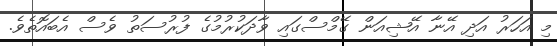
މި އަހަރު އަދި އޭނާ އޭޝިއަން ގޭމްސްގައި ވާދަކުރުމުގެ ފުރުސަތު ވެސް އެބައޮތެވެ.